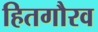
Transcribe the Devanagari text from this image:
हितगौरव